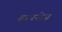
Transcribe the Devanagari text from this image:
ऱ्हायनोज